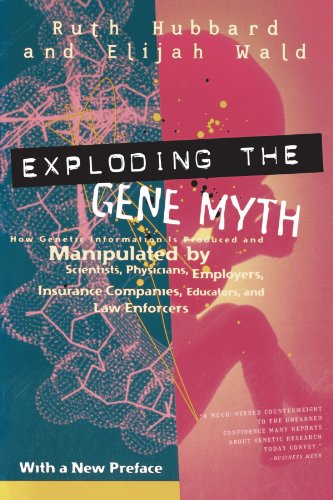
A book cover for Exploding the Gene Myth: How Genetic Information Is Produced and Manipulated by Scientists, Physicians, Employers, Insurance Companies, Educators, and Law Enforcers; Ruth Hubbard; Business & Money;